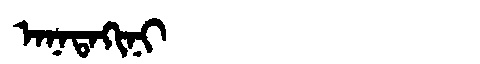
Manchu: ᠠᠨᠠᡨᠠᡴᡳᠨᡳ
Romanization: ANATAKINI